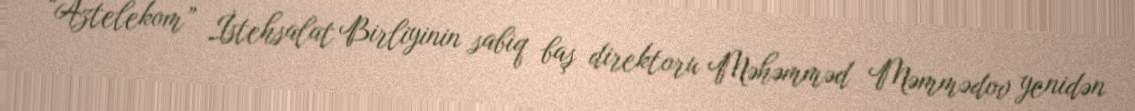
“Aztelekom” İstehsalat Birliyinin sabiq baş direktoru Məhəmməd Məmmədov yenidən